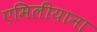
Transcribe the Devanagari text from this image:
एमिलीयाना